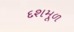
દશમૂળ